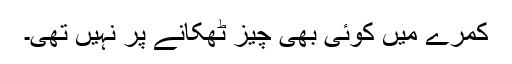
کمرے میں کوئی بھی چیز ٹھکانے پر نہیں تھی۔